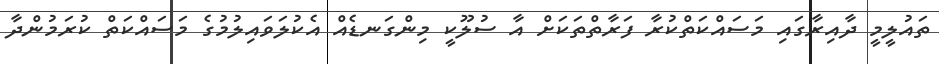
ތައުލީމީ ދާއިރާގައި މަސައްކަތްކުރާ ފަރާތްތަކަށް އާ ސުލޫކީ މިންގަނޑެއް އެކުލަވައިލުމުގެ މަސައްކަތް ކުރަމުންދާ